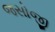
જસોજી